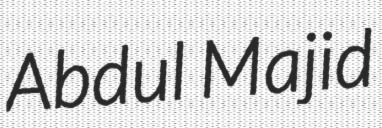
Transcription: Abdul Majid